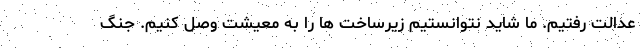
عدالت رفتیم. ما شاید نتوانستیم زیرساخت ها را به معیشت وصل کنیم. جنگ